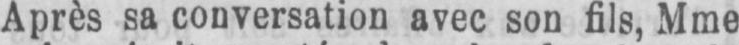
Après sa conversation avec son fils, Mme